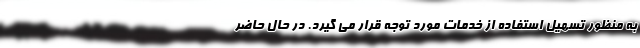
به منظور تسهیل استفاده از خدمات مورد توجه قرار می گیرد. در حال حاضر